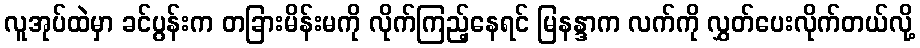
လူအုပ်ထဲမှာ ခင်ပွန်းက တခြားမိန်းမကို လိုက်ကြည့်နေရင် မြနန္ဒာက လက်ကို လွှတ်ပေးလိုက်တယ်လို့